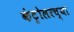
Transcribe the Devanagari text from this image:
कंट्रोलरच्या